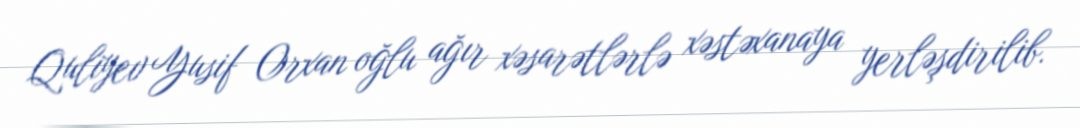
Quliyev Yusif Orxan oğlu ağır xəsarətlərlə xəstəxanaya yerləşdirilib.